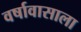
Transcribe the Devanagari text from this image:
वर्षावासाला